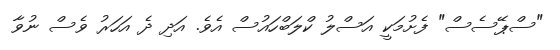
"ސްޕޭސެސް" ފެށުމަކީ އަސްލު ކްލަބްހައުސް އެވެ. އަދި ދެ އަހަރު ވެސް ނުވާ